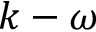
k - \omega